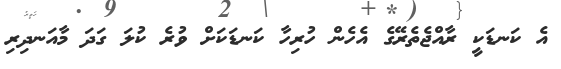
އެ ކަނޑަކީ ރާއްޖެތެރޭގެ އެހެން ހުރިހާ ކަނޑަކަށް ވުރެ ކުލަ ގަދަ މާއަނދިރި